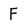
Character: F